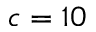
c = 1 0